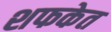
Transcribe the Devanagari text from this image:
शफकेत